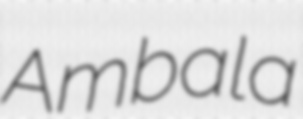
Ambala